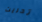
تحريت